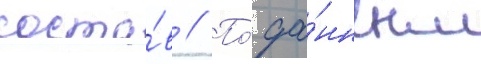
соста́в // По́ да́нным